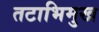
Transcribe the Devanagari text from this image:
तटाभिमुख